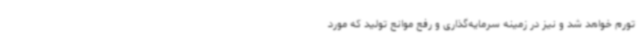
تورم خواهد شد و نیز در زمینه سرمایه‌گذاری و رفع موانع تولید که مورد